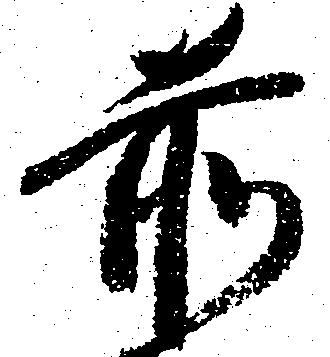
前